Scientific memoirs by medical officers of the Army of India - Part XI,
Year: 1898
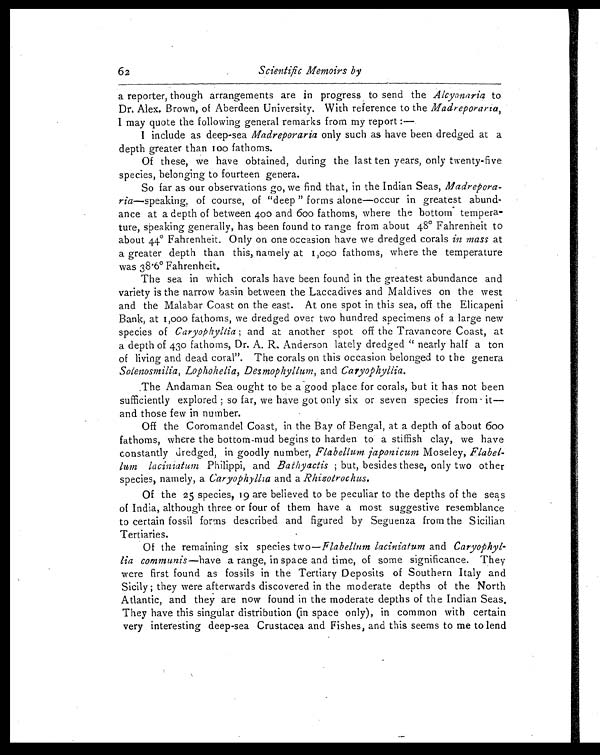
6 2
Scientific Memoirs by
a reporter, though arrangements are in progress to send the Alcyonaria to
Dr. Alex. Brown, of Aberdeen University. With reference to the Madreporaria ,
I may quote the following general remarks from my report :—
I include as deep-sea Madreporaria only such as have been dredged at a
depth greater than 100 fathoms.
Of these, we have obtained, during the last ten years, only twenty-five
species, belonging to fourteen genera.
So far as our observations go, we find that, in the Indian Seas, Madrepora-
ria—speaking, of course, of "deep " forms alone—occur in greatest abund-
ance at a depth of between 400 and 600 fathoms, where the bottom tempera-
ture, speaking generally, has been found to range from about 48° Fahrenheit to
about 44° Fahrenheit. Only on one occasion have we dredged corals in mass at
a greater depth than this, namely at 1,000 fathoms, where the temperature
was 38.6° Fahrenheit.
The sea in which corals have been found in the greatest abundance and
variety is the narrow basin between the Laccadives and Maldives on the west
and the Malabar Coast on the east. At one spot in this sea, off the Elicapeni
Bank, at 1,000 fathoms, we dredged over two hundred specimens of a large new
species of Caryophyllia; a n d a t a n o t h e r s p o t o f f t h e T r a v a n c o r e C o a s t , a t
a depth of 43º fathoms, Dr. A. R. Anderson lately dredged " nearly half a ton
of living and dead coral". The corals on this occasion belonged to the genera
Solenosmilia, Lophohelia, Desmophyllum, and Caryophyllia .
The Andaman Sea ought to be a good place for corals, but it has not been
sufficiently explored ; so far, we have got only six or seven species from it-
and those few in number.
Off the Coromandel Coast, in the Bay of Bengal, at a depth of about 600
fathoms, where the bottom-mud begins to harden to a stiffish clay, we have
constantly dredged, in goodly number, Flabellum japonicum Moseley, Flabel-
lum lacimatum Philippi, and Bathyactis ; but, besides these, only two other
species, namely, a Caryophyllia and a Rhizotrochus.
Of the 25 species, 19 are believed to be peculiar to the depths of the seas
of India, although three or four of them have a most suggestive resemblance
to certain fossil forms described and figured by Seguenza from the Sicilian
Tertiaries.
Of the remaining six species two—Flabellum laciniatum and Caryophyl-
lia communis —have a range, in space and time, of some significance. They
were first found as fossils in the Tertiary Deposits of Southern Italy and
Sicily ; they were afterwards discovered in the moderate depths of the North
Atlantic, and they are now found in the moderate depths of the Indian Seas.
They have this singular distribution (in space only), in common with certain
very interesting deep-sea Crustacea and Fishes, and this seems to me to lend